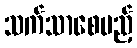
သက်သာစေမည့်